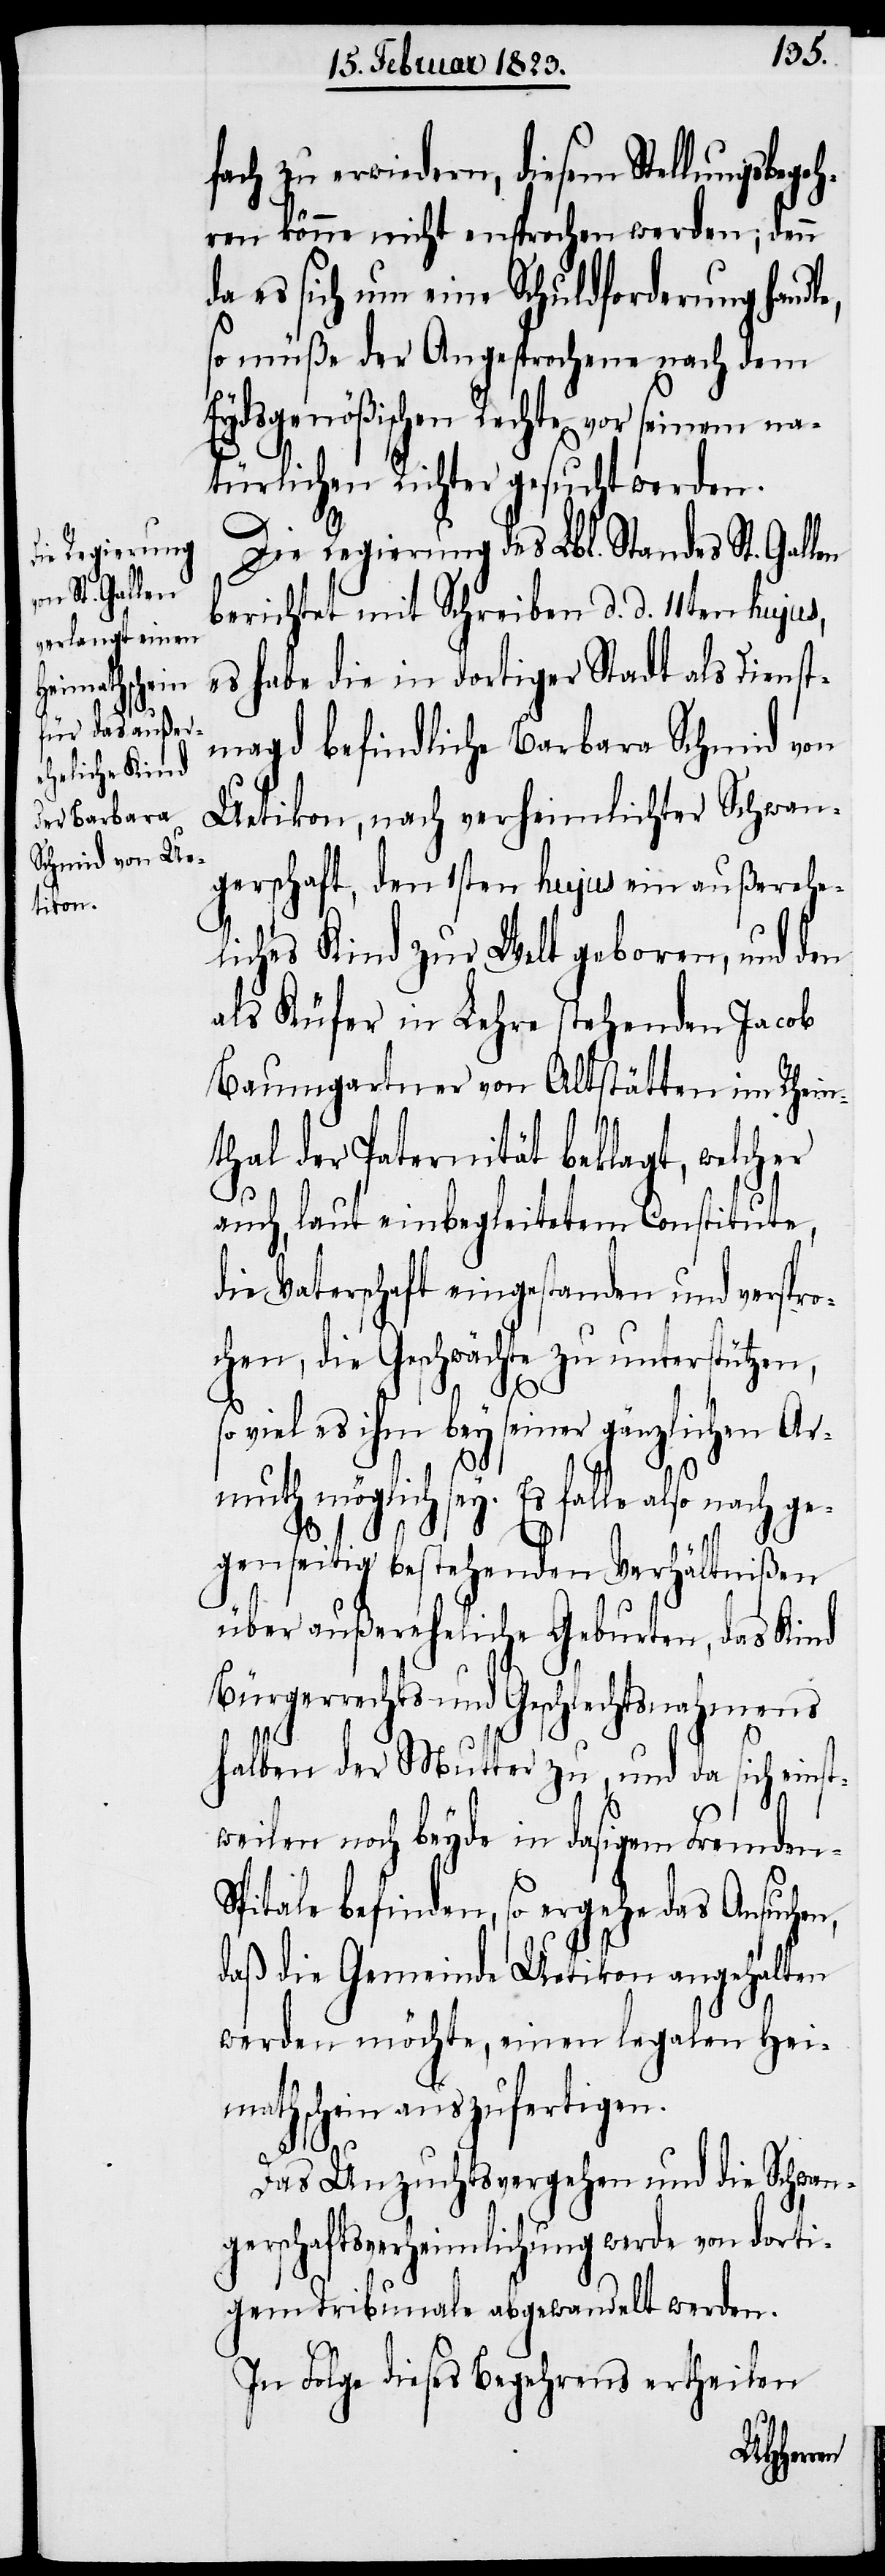
fach zu erwiedern, diesem Stellungsbege¬
hren könne nicht en[t]sprochen werden; denn
da es sich um eine Schuldforderung handl¬
so müße der Angesprochene nach dem
Eydsgenößischen Rechte vor seinem na¬
türlichen Richter gesucht werden.
Die Regierung des Lbl. Standes St. Gallen
berichtet mit Schreiben d. d. 11ten hujus,
es habe die in dortiger Stadt als Dienst¬
magd befindliche Barbara Schmid von
Uetikon, nach verheimlichter Schwan¬
gerschaft, den 1sten hujus ein außerehe¬
liches Kind zur Welt geboren, und den
als Küfer in Lehre stehenden Jacob
Baumgartner von Altstätten im Rhein¬
thal der Paternität beklagt, welcher
auch, laut einbegleitetem Constitute,
die Vaterschaft eingestanden und verspr¬
ochen, die Geschwächte zu unterstützen,
e,
so viel es ihm bey seiner gänzlichen Ar¬
muth möglich sey. Es falle
gegenseitig bestehenden Verhältnißen
über außereheliche Geburten, das Kind
Bürgerrechts und Geschlechtsnahmens
halben der Mutter zu, und da sich einst¬
weilen noch beyde in dasigem Fremden-S¬
pitale befinden, so ergehe das Ansuchen,
daß die Gemeinde Uetikon angehalten
werden möchte, einen legalen Hei¬
mathschein auszufertigen.
Das Unzuchtsvergehen und die Schwan¬
gerschaftsverheimlichung werde von dorti¬
gem Tribunale abgewandelt werden.
In Folge dieses Begehrens ertheilen